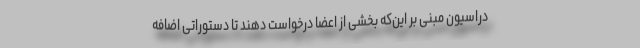
دراسیون مبنی بر این‌که بخشی از اعضا درخواست دهند تا دستوراتی اضافه